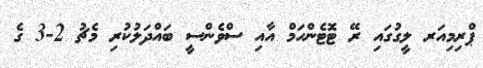
ޕްރިމިއަރ ލީގުގައި ރޭ ޓޮޓެންހަމް އާއި ސްވެންސީ ބައްދަލުކުރި މެޗު 2-3 ގެ